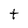
Character: t